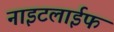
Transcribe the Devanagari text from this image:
नाइटलाईफ